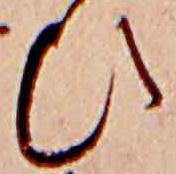
ひ